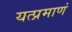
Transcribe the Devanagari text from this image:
यत्प्रमाणं